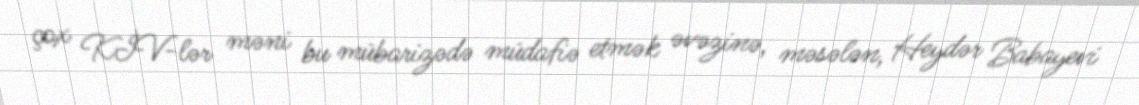
çox KİV-lər məni bu mübarizədə müdafiə etmək əvəzinə, məsələn, Heydər Babayevi